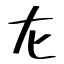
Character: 㔫